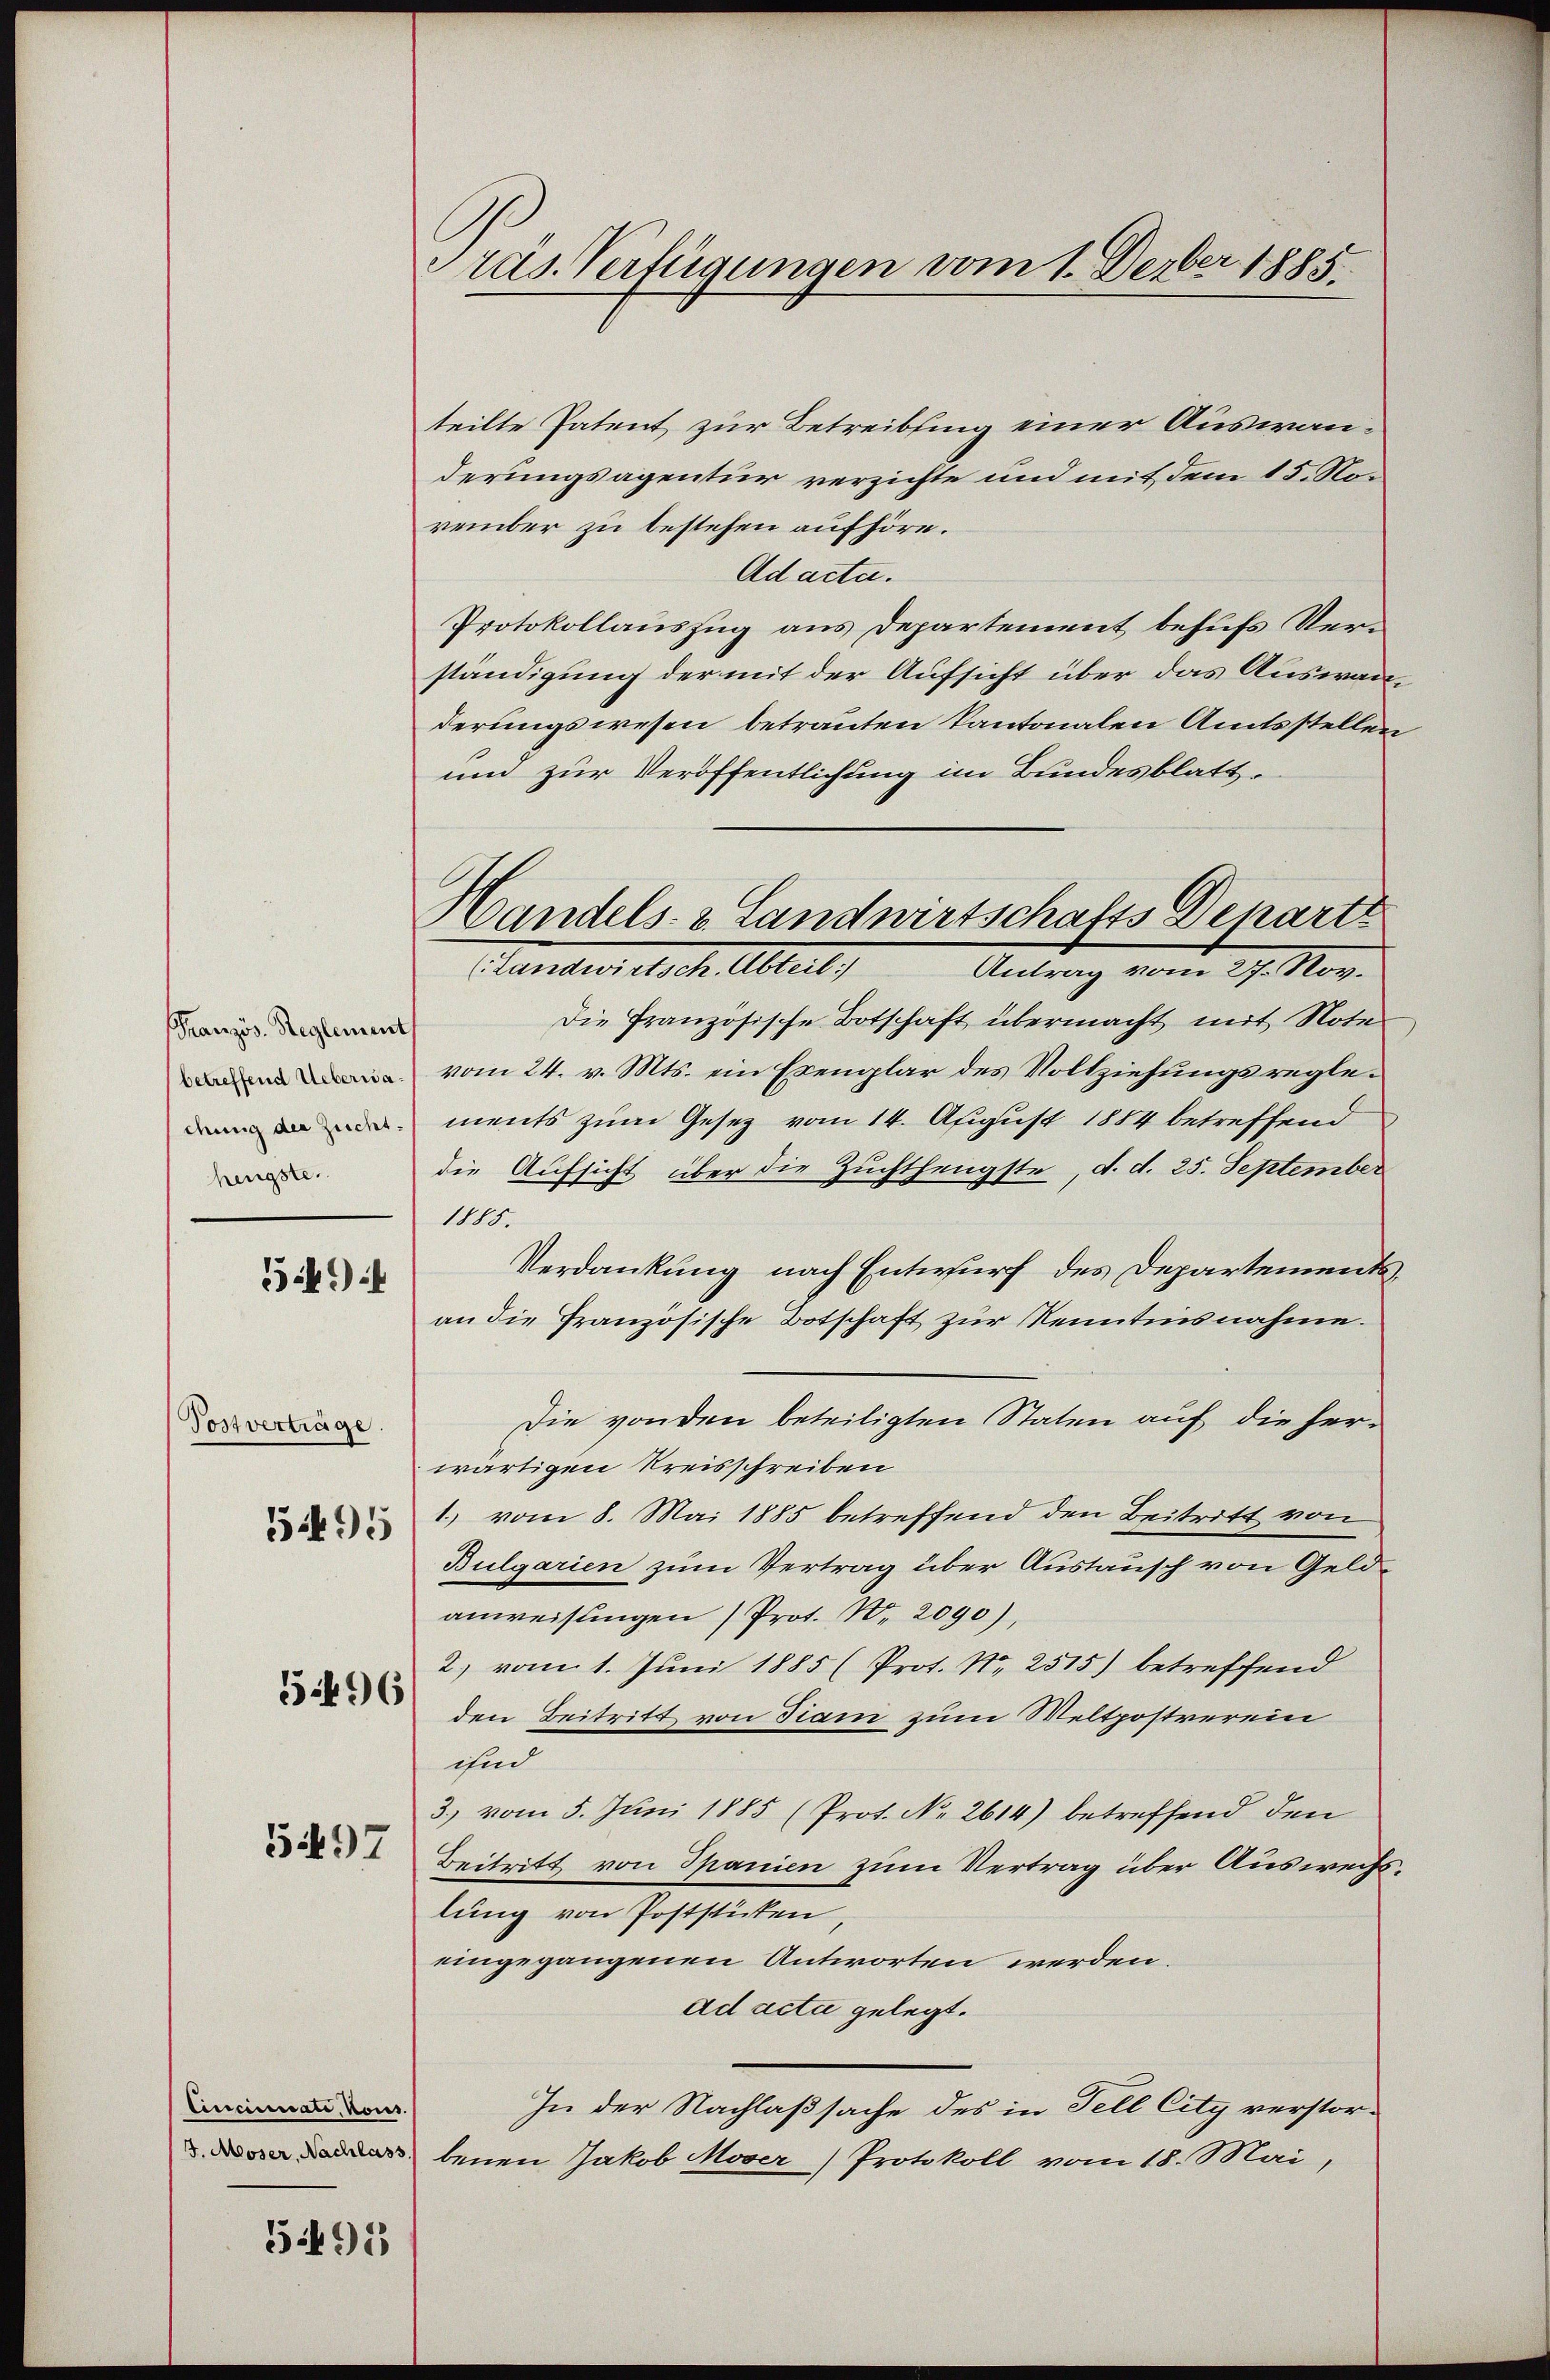
Französ. Reglement
(betreffend Ueberwa
chung der Zucht.
hengste.

54.)

Tostverträge.
595

5496

5497

Cincinate, kons.

51491)

räs. Verfügungen vom 1. Feber 1885.

Handels- & Landwirtschafts Denartz
Standers d. d. Altert
Antrag vom 27. Nov.

teilte Patent zur Betreibsing einer Auswanderungsagentur verzichte und mit dem 15. Norember zu bestehen aufhöre.
Ad acta.
Protokollauszug aus Departement behufs Verständigung der mit der Aufsicht über das Auswanderungswesen betrauten Kantonalen Amtsstellen
und zur Veröffentlichung im Bundesblatt,
Die Französische Botschaft übermacht mit Note
vom 24. v. Mts. ein Exemplar des Vollziehungsreglements zum Gesetz vom 14. August 1884 betreffend
die Aufsicht über die Zuchthengste, d. d. 25. September
1000.
Verdankung nach Entwurf des Departementsan die französische Botschaft zur Kenntnisnahme.
Die von den beteiligten Staten auf die herwärtigen Kreisschreiben
1) vom 8. Mai 1885 betreffend den Beitritt von
Bulgarien zum Vertrag über Austausch von Geldanweisŭngen (Prot. W. 2090),
2) vom 1. Juni 1885 (Prot. Nr. 2515) betreffend
den Beitritt von Tram zum Meltpostverein
ind
3.) vom 5. Juni 1885 (Prot. No. 2614) betreffend den
Beitritt von Spanien zum Vertrag über Auswechs
lung von Poststücken,
eingegangenen Antworten werden.
ad acta gelegt.
In der Nachlaßsache des in Fell City verstor¬
 benen Jakob Moser) Protokoll vom 18. Mai,